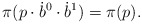
\begin{align*}\pi(p \cdot \dot b^0 \cdot \dot b^1)=\pi(p).\end{align*}